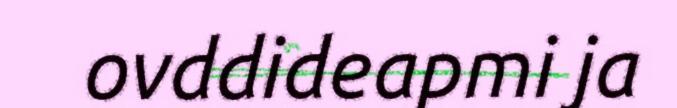
ovddideapmi ja